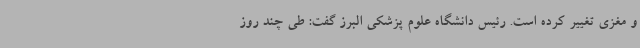
و مغزی تغییر کرده است. رئیس دانشگاه علوم پزشکی البرز گفت: طی چند روز